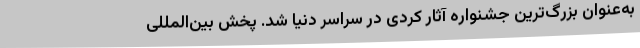
به‌عنوان بزرگ‌ترين جشنواره آثار کُردی در سراسر دنيا شد. پخش بین‌المللی